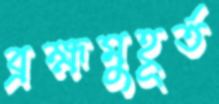
ব্রহ্মমুহূর্ত